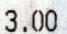
3.00